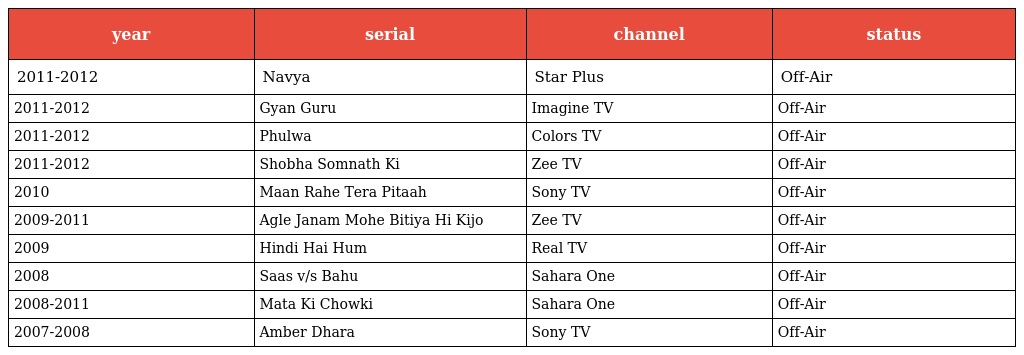
| year | serial | channel | status |
 | --- | --- | --- | --- |
 | 2011-2012 | Navya | Star Plus | Off-Air |
 | 2011-2012 | Gyan Guru | Imagine TV | Off-Air |
 | 2011-2012 | Phulwa | Colors TV | Off-Air |
 | 2011-2012 | Shobha Somnath Ki | Zee TV | Off-Air |
 | 2010 | Maan Rahe Tera Pitaah | Sony TV | Off-Air |
 | 2009-2011 | Agle Janam Mohe Bitiya Hi Kijo | Zee TV | Off-Air |
 | 2009 | Hindi Hai Hum | Real TV | Off-Air |
 | 2008 | Saas v/s Bahu | Sahara One | Off-Air |
 | 2008-2011 | Mata Ki Chowki | Sahara One | Off-Air |
 | 2007-2008 | Amber Dhara | Sony TV | Off-Air |